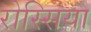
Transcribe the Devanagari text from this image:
रोस्सिया